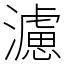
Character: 濾